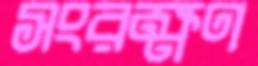
সংরক্ষণ